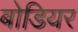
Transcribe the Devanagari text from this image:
बोडियर